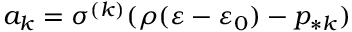
a _ { k } = \sigma ^ { ( k ) } ( \rho ( \varepsilon - \varepsilon _ { 0 } ) - p _ { * k } )